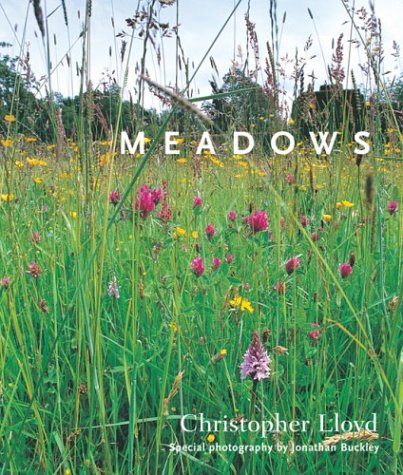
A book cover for Meadows; Christopher Lloyd; Crafts, Hobbies & Home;